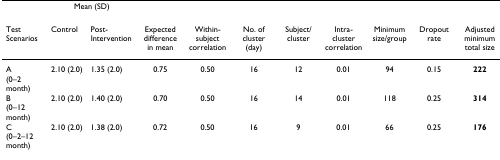
<table><thead><tr><td></td><td colspan="2"><b>Mean (SD)</b></td><td></td><td></td><td></td><td></td><td></td><td></td><td></td><td></td></tr><tr><td><b>Test Scenarios</b></td><td><b>Control</b></td><td><b>Post-Intervention</b></td><td><b>Expected difference in mean</b></td><td><b>Within-subject correlation</b></td><td><b>No. of cluster (day)</b></td><td><b>Subject/cluster</b></td><td><b>Intra-cluster correlation</b></td><td><b>Minimum size/group</b></td><td><b>Dropout rate</b></td><td><b>Adjusted minimum total size</b></td></tr></thead><tbody><tr><td>A (0–2 month)</td><td>2.10 (2.0)</td><td>1.35 (2.0)</td><td>0.75</td><td>0.50</td><td>16</td><td>12</td><td>0.01</td><td>94</td><td>0.15</td><td><b>222</b></td></tr><tr><td>B (0–12 month)</td><td>2.10 (2.0)</td><td>1.40 (2.0)</td><td>0.70</td><td>0.50</td><td>16</td><td>14</td><td>0.01</td><td>118</td><td>0.25</td><td><b>314</b></td></tr><tr><td>C (0–2–12 month)</td><td>2.10 (2.0)</td><td>1.38 (2.0)</td><td>0.72</td><td>0.50</td><td>16</td><td>9</td><td>0.01</td><td>66</td><td>0.25</td><td><b>176</b></td></tr></tbody></table>